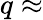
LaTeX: q\approx